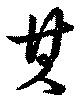
其